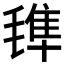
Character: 𣯍